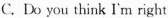
C.Do you think I'm right